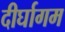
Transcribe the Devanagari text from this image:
दीर्घागम